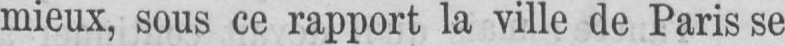
mieux, sous ce rapport la ville de Paris se